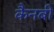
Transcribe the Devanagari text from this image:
कैनबी